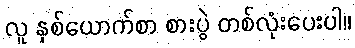
လူ နှစ်ယောက်စာ စားပွဲ တစ်လုံးပေးပါ။